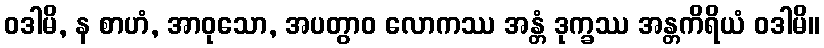
ဝဒါမိ, န စာဟံ, အာဝုသော, အပတွာဝ လောကဿ အန္တံ ဒုက္ခဿ အန္တကိရိယံ ဝဒါမိ။